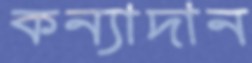
কন্যাদান